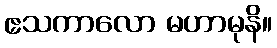
ဧသကာလော မဟာမုနိ။